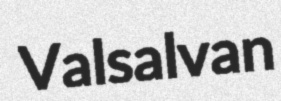
Valsalvan